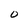
Character: O